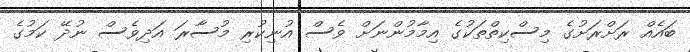
ބައެއް ރަށްރަށުގެ މިސްކިތްތަކުގެ އިމާމުންނަށް ވެސް އުނިކުރި މުސާރަ އަދިވެސް ނުދޭ ކަމުގެ